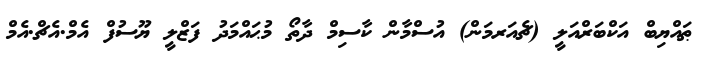
ޠައްޔިބް އަކްބަރްއަލީ (ޗެއަރމަން) އުސްމާން ކާސިމް ދާތޯ މުޙައްމަދު ފަޒްލީ ޔޫސުފް އެމް.އެޗް.އެމް